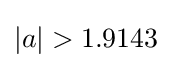
\left|a\right|>1.9143